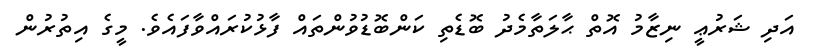
އަދި ޝަރުޢީ ނިޒާމު އޮތް ޙާލަތާމެދު ބޮޑެތި ކަންބޮޑުވުންތައް ފާޅުކުރައްވާފައެވެ. މީގެ އިތުރުން